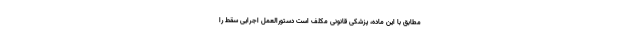
مطابق با این ماده، پزشکی قانونی مکلف است دستورالعمل اجرایی سقط را